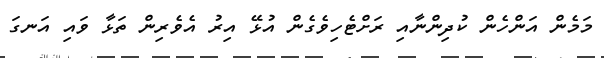
މަމެން އަންހެން ކުދިންނާއި ރަށްޓެހިވެގެން އުޅޭ އިރު އެވެރިން ތަޅާ ވައި އަނގަ